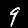
Digit: 9